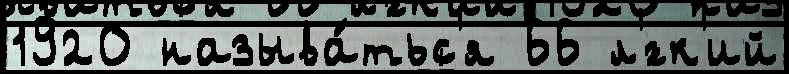
1920 называ́тьс'я 66 л'́гк'ий